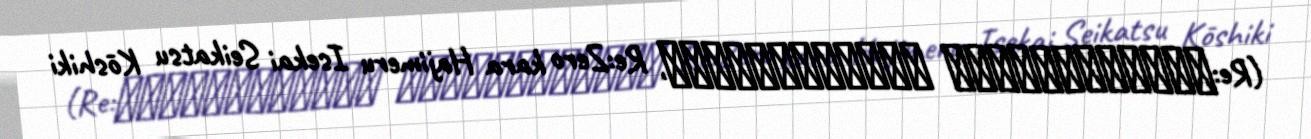
(Re:ゼロから始める異世界生活 公式アンソロジーコミック, Re:Zero kara Hajimeru Isekai Seikatsu Kōshiki